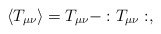
\begin{align*}\langle T_{\mu\nu}\rangle=T_{\mu\nu}-: T_{\mu\nu}:,\end{align*}